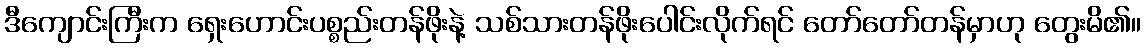
ဒီကျောင်းကြီးက ရှေးဟောင်းပစ္စည်းတန်ဖိုးနဲ့ သစ်သားတန်ဖိုးပေါင်းလိုက်ရင် တော်တော်တန်မှာဟု တွေးမိ၏။